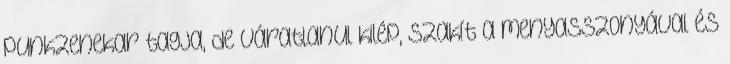
punkzenekar tagja, de váratlanul kilép, szakít a menyasszonyával és